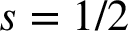
s = 1 / 2